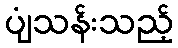
ပျံသန်းသည့်